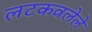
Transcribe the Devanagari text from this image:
लटकवलेले